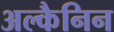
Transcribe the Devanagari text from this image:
अल्कैनिन